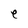
Character: e